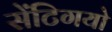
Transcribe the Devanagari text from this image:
सेंटिगयो